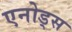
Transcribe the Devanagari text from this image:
एनोड्स